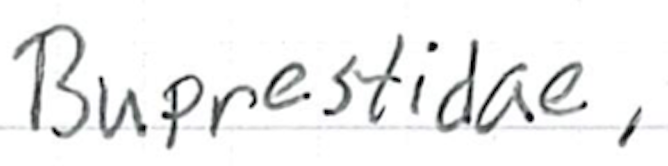
Text: Buprestidae,
Cross-out: clean
Writing tool: ballpoint